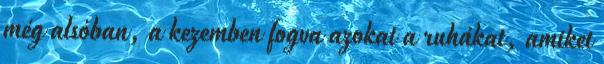
még alsóban, a kezemben fogva azokat a ruhákat, amiket